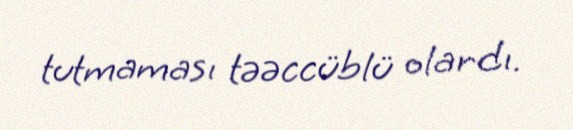
tutmaması təəccüblü olardı.